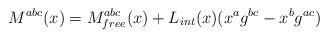
LaTeX: \begin{align*}M^{abc}(x)=M^{abc}_{free}(x)+L_{int}(x)(x^ag^{bc}-x^bg^{ac})\end{align*}